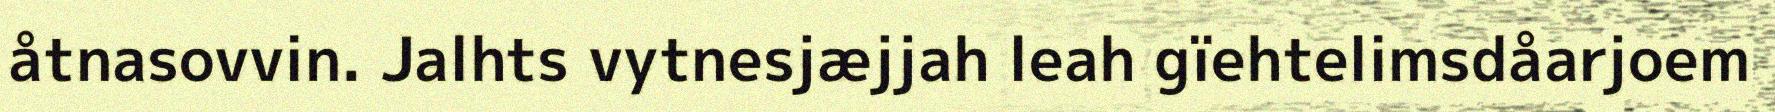
åtnasovvin. Jalhts vytnesjæjjah leah gïehtelimsdåarjoem